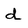
Character: d